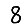
Digit: 8